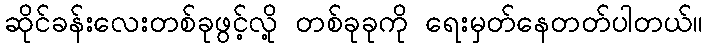
ဆိုင်ခန်းလေးတစ်ခုဖွင့်လို့ တစ်ခုခုကို ရေးမှတ်နေတတ်ပါတယ်။